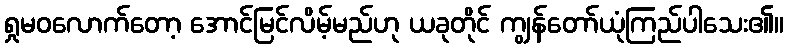
ရှုမဝလောက်တော့ အောင်မြင်လိမ့်မည်ဟု ယခုတိုင် ကျွန်တော်ယုံကြည်ပါသေး၏။